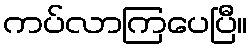
ကပ်လာကြပေပြီ။